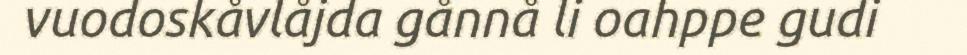
vuodoskåvlåjda gånnå li oahppe gudi